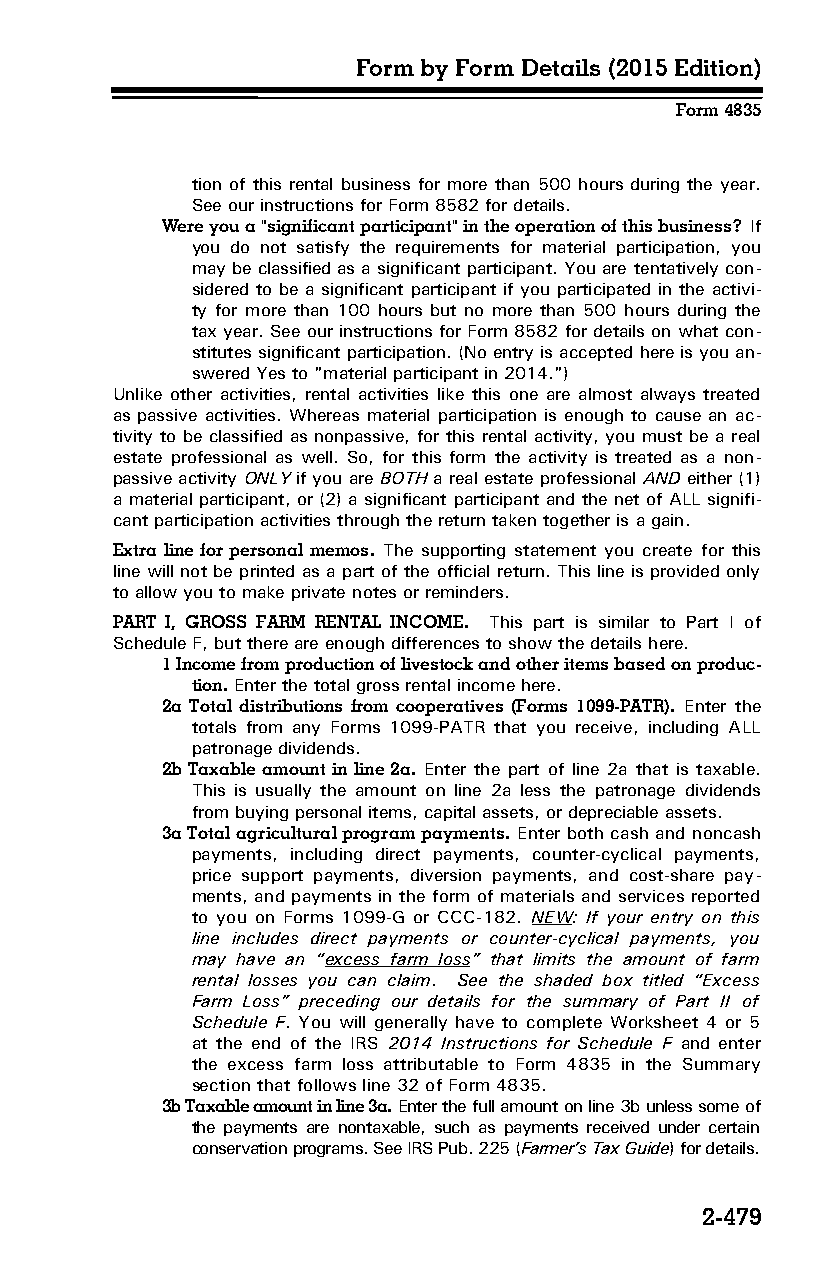
Form by Form Details (2015 Edition)
 Form 4835
 tion of this rental business for more than 500 hours during the year.
 See our instructions for Form 8582 for details.
 Were you a "significant participant" in the operation of this business? If
 you do not satisfy the requirements for material participation, you
 may be classified as a significant participant. You are tentatively con­
 sidered to be a significant participant if you participated in the activi­
 ty for more than 100 hours but no more than 500 hours during the
 tax year. See our instructions for Form 8582 for details on what con­
 stitutes significant participation. (No entry is accepted here is you an­
 swered Yes to "material participant in 2014.")
 Unlike other activities, rental activities like this one are almost always treated
 as passive activities. Whereas material participation is enough to cause an ac­
 tivity to be classified as nonpassive, for this rental activity, you must be a real
 estate professional as well. So, for this form the activity is treated as a non­
 passive activity ONLY if you are BOTH a real estate professional AND either (1)
 a material participant, or (2) a significant participant and the net of ALL signifi­
 cant participation activities through the return taken together is a gain.
 Extra line for personal memos. The supporting statement you create for this
 line will not be printed as a part of the official return. This line is provided only
 to allow you to make private notes or reminders.
 PART I, GROSS FARM RENTAL INCOME. This part is similar to Part I of
 Schedule F, but there are enough differences to show the details here.
 1 Income from production of livestock and other items based on produc­
 tion. Enter the total gross rental income here.
 2a Total distributions from cooperatives (Forms 1099-PATR). Enter the
 totals from any Forms 1099-PATR that you receive, including ALL
 patronage dividends.
 2b Taxable amount in line 2a. Enter the part of line 2a that is taxable.
 This is usually the amount on line 2a less the patronage dividends
 from buying personal items, capital assets, or depreciable assets.
 3a Total agricultural program payments. Enter both cash and noncash
 payments, including direct payments, counter-cyclical payments,
 price support payments, diversion payments, and cost-share pay­
 ments, and payments in the form of materials and services reported
 to you on Forms 1099-G or CCC-182. NEW : If your entry on this
 line includes direct payments or counter-cyclical payments, you
 may have an “excess farm loss ” that limits the amount of farm
 rental losses you can claim. See the shaded box titled “Excess
 Farm Loss” preceding our details for the summary of Part II of
 Schedule F. You will generally have to complete Worksheet 4 or 5
 at the end of the IRS 2014 Instructions for Schedule F and enter
 the excess farm loss attributable to Form 4835 in the Summary
 section that follows line 32 of Form 4835.
 3b Taxable amount in line 3a. Enter the full amount on line 3b unless some of
 the payments are nontaxable, such as payments received under certain
 conservation programs. See IRS Pub. 225 (Farmer’s Tax Guide) for details.
 2-479